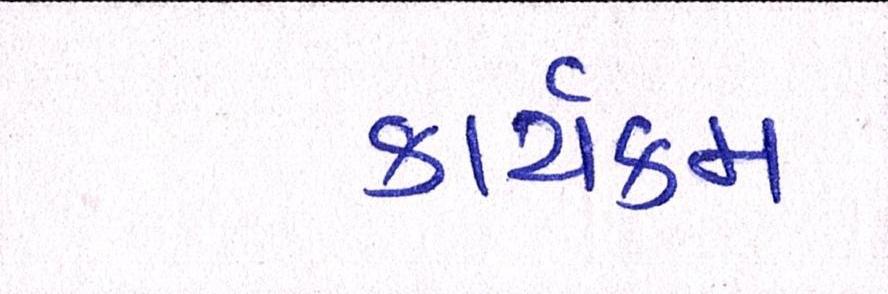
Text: કાર્યક્મ